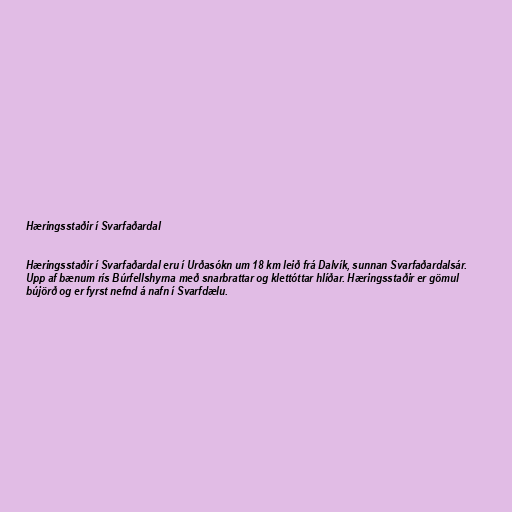
Hæringsstaðir í Svarfaðardal

Hæringsstaðir í Svarfaðardal eru í Urðasókn um 18 km leið frá Dalvík, sunnan Svarfaðardalsár.
Upp af bænum rís Búrfellshyrna með snarbrattar og klettóttar hlíðar. Hæringsstaðir er gömul
bújörð og er fyrst nefnd á nafn í Svarfdælu.